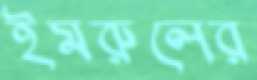
ইমরুলের